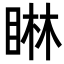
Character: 𪾭